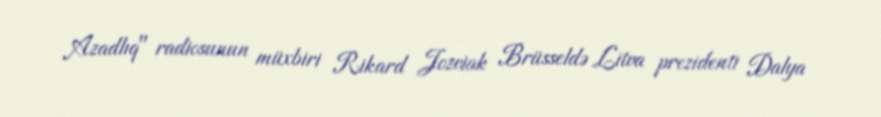
Azadlıq" radiosunun müxbiri Rikard Jozviak Brüsseldə Litva prezidenti Dalya